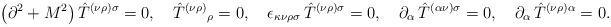
LaTeX: \begin{align*}\left( \partial ^{2}+M^{2}\right) {\hat{T}}^{(\nu \rho )\sigma}=0,\quad { \hat{T}}^{(\nu \rho )}{}_{\rho }=0,\quad \epsilon_{\kappa \nu \rho \sigma }\,{\hat{T}}^{(\nu \rho )\sigma}=0,\quad \partial _{\alpha }\,{\hat{T}}^{({ \alpha }\nu )\sigma}=0,\quad \partial _{\alpha }\,{\hat{T}}^{(\nu \rho )\alpha }=0.\end{align*}